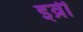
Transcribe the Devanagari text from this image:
इव्री